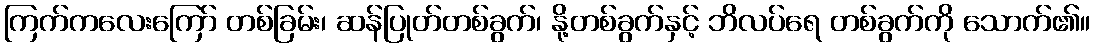
ကြက်ကလေးကြော် တစ်ခြမ်း၊ ဆန်ပြုတ်တစ်ခွက်၊ နို့တစ်ခွက်နှင့် ဘိလပ်ရေ တစ်ခွက်ကို သောက်၏။